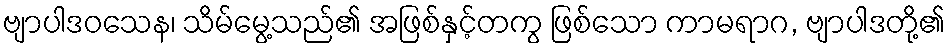
ဗျာပါဒဝသေန၊ သိမ်မွေ့သည်၏ အဖြစ်နှင့်တကွ ဖြစ်သော ကာမရာဂ, ဗျာပါဒတို့၏